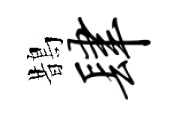
鵲肆